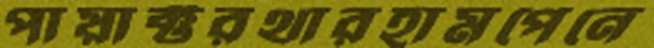
পায়াক্টরথারহামপেনে